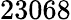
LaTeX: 23068